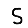
Digit: 5